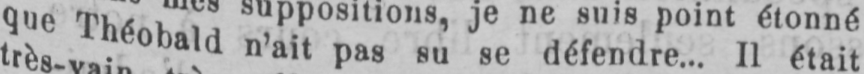
que Théobald n’ait pas su se défendre... Il était